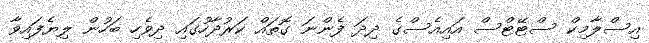
އިސްލާމިކް ސްޓޭޓްސް އައިއެސްގެ ދިދަ ފެންނަ ގޮތައް ކަރުދާހުގައި ދިވެހި ބަހުން ލިޔެފައިވާ